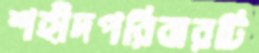
শহীদপরিবারটি